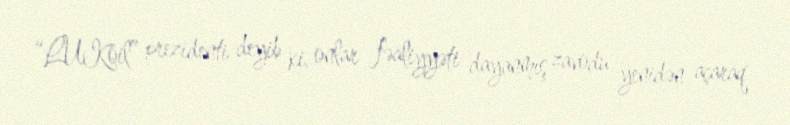
“LUKoil” prezidenti deyib ki, onlar fəaliyyəti dayanmış zavodu yenidən açaraq